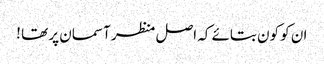
ان کو کون بتائے کہ اصل منظر آسمان پر تھا !